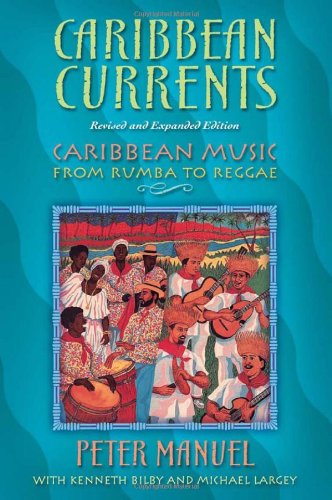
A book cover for Caribbean Currents: Caribbean Music from Rumba to Reggae, Revised Edition; Peter Manuel; History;